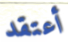
أعتقد